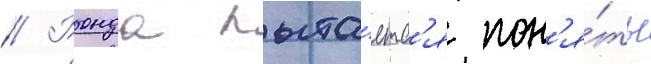
// Ронда пыта́етс'я пон'я́ть